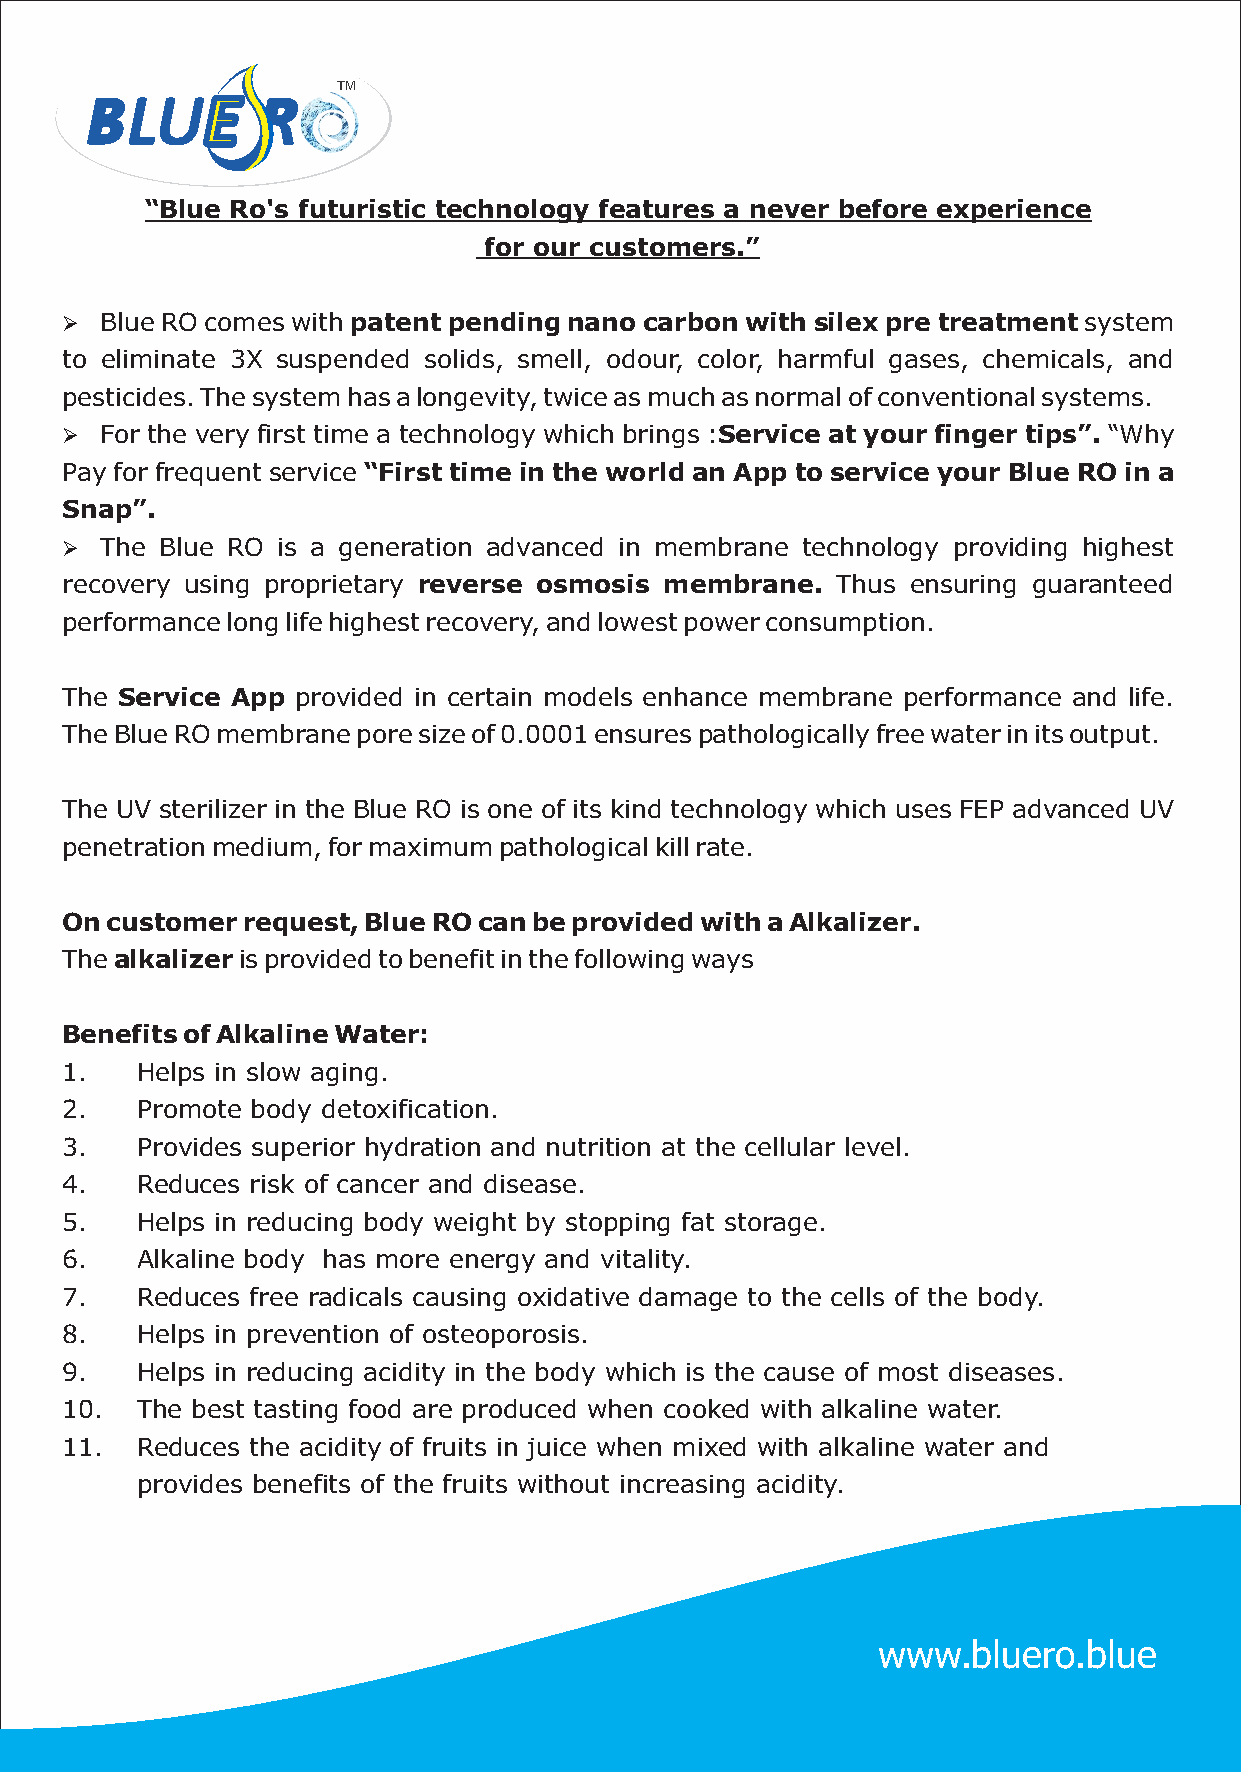
TM
 “Blue Ro's futuristic technology features a never before experience
 for our customers.”
 Ø  Blue RO comes with patent pending nano carbon with silex pre treatment system
 to eliminate 3X suspended solids, smell, odour, color, harmful gases, chemicals, and
 pesticides. The system has a longevity, twice as much as normal of conventional systems.
 Ø  For the very first time a technology which brings :Service at your finger tips”. “Why
 Pay for frequent service “First time in the world an App to service your Blue RO in a
 Snap”.
 Ø  The Blue RO is a generation advanced in membrane technology providing highest
 recovery using proprietary reverse osmosis membrane. Thus ensuring guaranteed
 performance long life highest recovery, and lowest power consumption.
 The Service App provided in certain models enhance membrane performance and life.
 The Blue RO membrane pore size of 0.0001 ensures pathologically free water in its output.
 The UV sterilizer in the Blue RO is one of its kind technology which uses FEP advanced UV
 penetration medium, for maximum pathological kill rate.
 On customer request, Blue RO can be provided with a Alkalizer.
 The alkalizer is provided to benefit in the following ways
 Benefits of Alkaline Water:
 1.   Helps in slow aging.
 2.   Promote body detoxification.
 3.   Provides superior hydration and nutrition at the cellular level.
 4.   Reduces risk of cancer and disease.
 5.   Helps in reducing body weight by stopping fat storage.
 6.   Alkaline body has more energy and vitality.
 7.   Reduces free radicals causing oxidative damage to the cells of the body.
 8.   Helps in prevention of osteoporosis.
 9.   Helps in reducing acidity in the body which is the cause of most diseases.
 10.  The best tasting food are produced when cooked with alkaline water.
 11.  Reduces the acidity of fruits in juice when mixed with alkaline water and
 provides benefits of the fruits without increasing acidity.
 www.bluero.blue